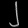
Digit: ၂